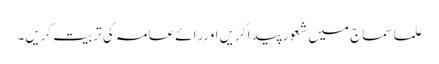
علما سماج میں شعور پیدا کریں اوررائے عامہ کی تربیت کریں۔